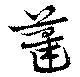
藎